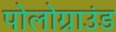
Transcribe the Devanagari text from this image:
पोलोग्राउंड